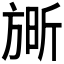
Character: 𮲘